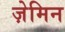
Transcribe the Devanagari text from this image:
ज़ेमिन